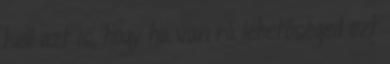
kell azt is, hogy ha van rá lehetőséged ezt